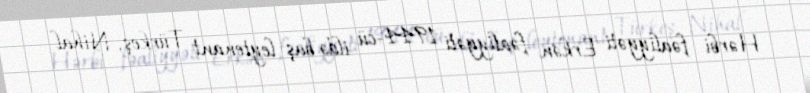
Hərbi fəaliyyəti Erkən fəaliyyəti 1944-cü ildə baş leytenant Türkeş, Nihal